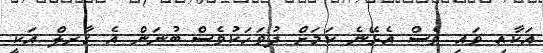
އަކާއި ވައި ވެސް އެޅޭނެ ކަމަށް ދުވަހަކުވެސް ބުނަން އެ ގާރލް އަކީ